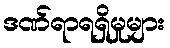
ဒဏ်ရာရရှိမှုများ